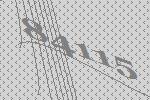
84115